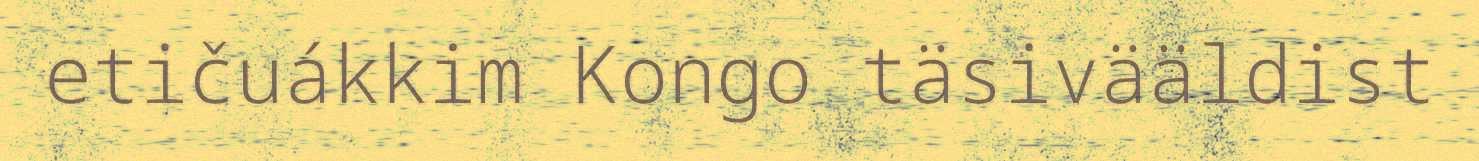
etičuákkim Kongo täsivääldist